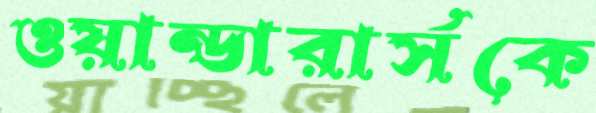
ওয়ান্ডারার্সকে